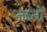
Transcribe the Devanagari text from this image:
जब्तों